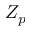
Z _ { p }